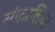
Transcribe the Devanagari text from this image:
संकालिया